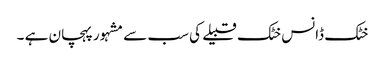
خٹک ڈانس خٹک قبیلے کی سب سے مشہور پہچان ہے ۔